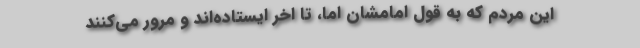
این مردم که به قول امامشان اما، تا اخر ایستاده‌اند و مرور می‌کنند